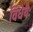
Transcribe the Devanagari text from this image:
विधेयैः